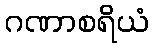
ဂဏာစရိယံ